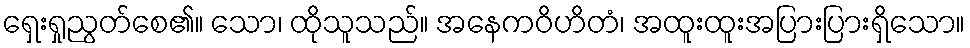
ရှေးရှုညွတ်စေ၏။ သော၊ ထိုသူသည်။ အနေကဝိဟိတံ၊ အထူးထူးအပြားပြားရှိသော။